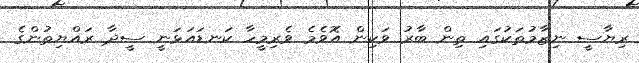
ރިޔާސީ ނިޒާމުތަކުގައި ތިން ބާރު ވަކިން އޮވެމެ ވެރިމީހާ ކަނޑައަޅަނީ ސީދާ ރައްޔިތުންގެ